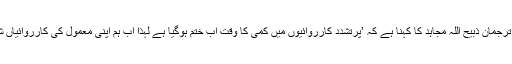
افغان طالبان کے ترجمان ذبیح اللہ مجاہد کا کہنا ہے کہ ’پرتشدد کارروائیوں میں کمی کا وقت اب ختم ہوگیا ہے لہٰذا اب ہم اپنی معمول کی کارروائیاں شروع کریں گے‘۔